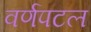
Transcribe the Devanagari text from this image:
वर्णपटल